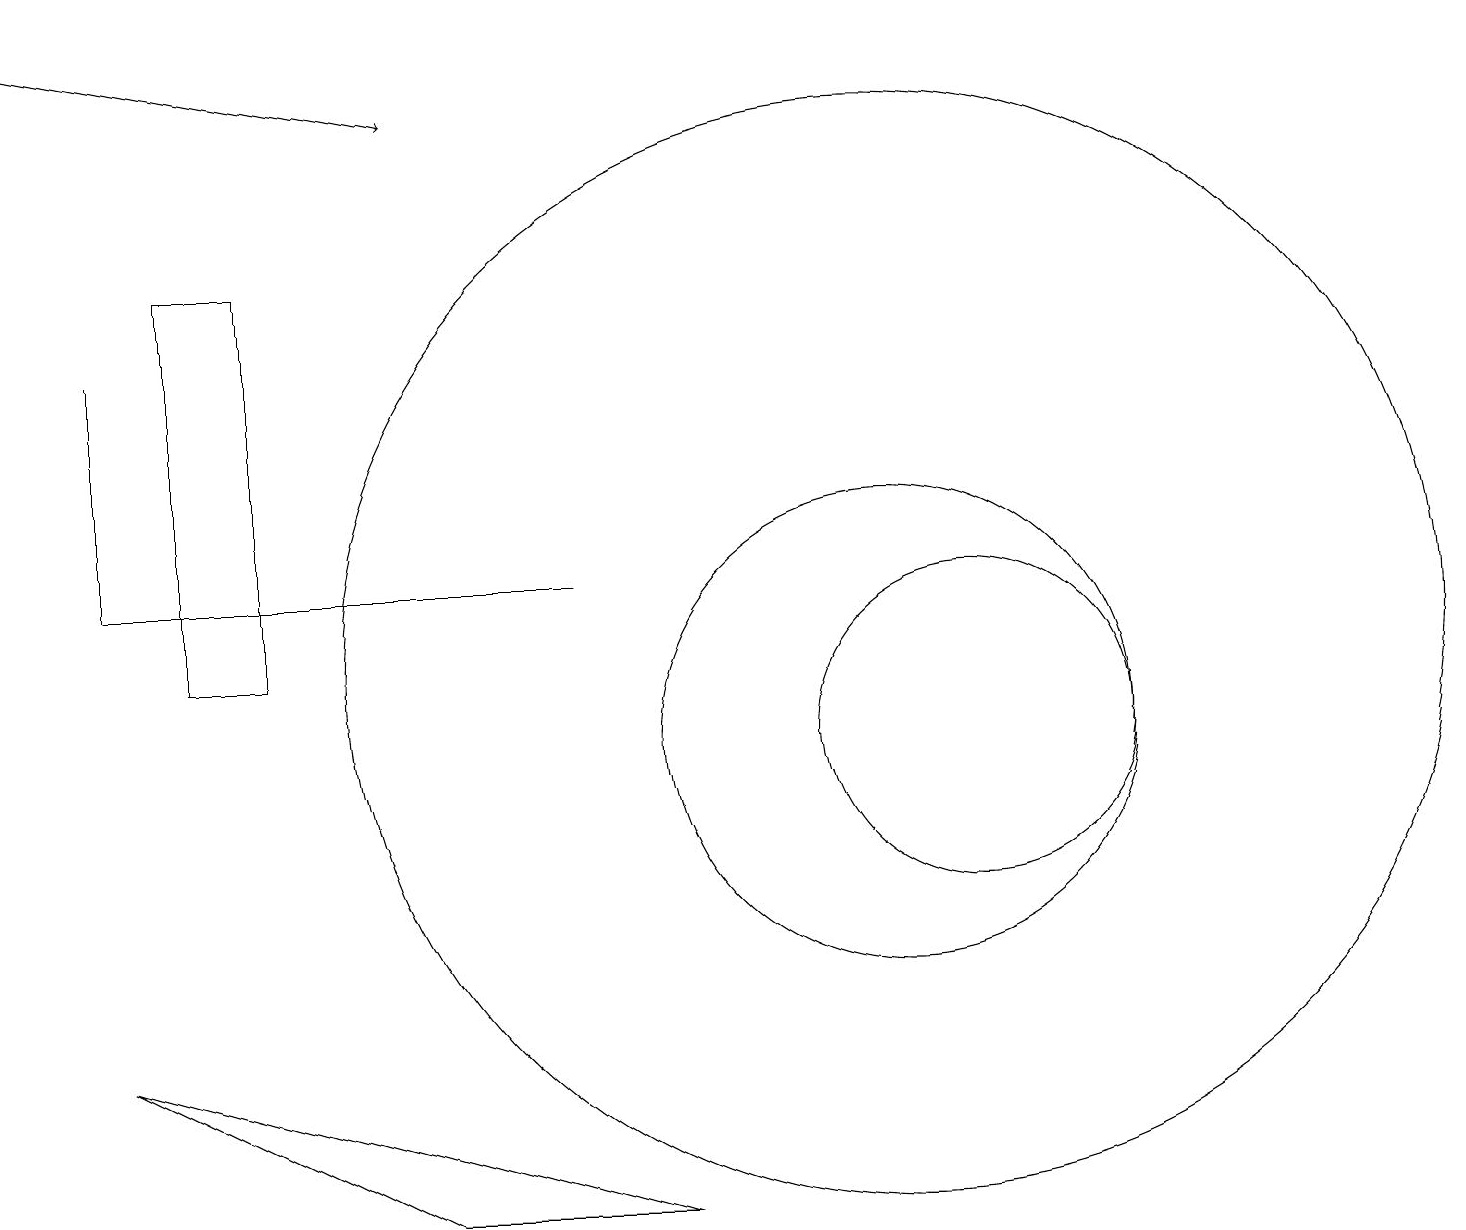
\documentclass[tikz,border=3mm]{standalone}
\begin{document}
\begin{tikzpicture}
\draw[->] (0,19) -- (5,18);
\draw (1,12) rectangle (7,12);
\draw (2,16) rectangle (3,11);
\draw (11,10) circle (3);
\draw (1,12) rectangle (1,15);
\draw (12,10) circle (2);
\draw (8,4) -- (1,6) -- (5,4) -- cycle;
\draw (11,11) circle (7);
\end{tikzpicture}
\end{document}